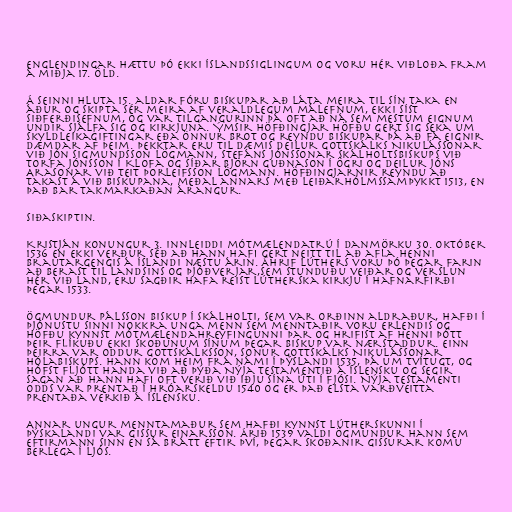
Englendingar hættu þó ekki Íslandssiglingum og voru hér viðloða fram
á miðja 17. öld.

Á seinni hluta 15. aldar fóru biskupar að láta meira til sín taka en
áður og skipta sér meira af veraldlegum málefnum, ekki síst
siðferðisefnum, og var tilgangurinn þá oft að ná sem mestum eignum
undir sjálfa sig og kirkjuna. Ýmsir höfðingjar höfðu gert sig seka um
skyldleikagiftingar eða önnur brot og reyndu biskupar þá að fá eignir
dæmdar af þeim. Þekktar eru til dæmis deilur Gottskálks Nikulássonar
við Jón Sigmundsson lögmann, Stefáns Jónssonar Skálholtsbiskups við
Torfa Jónsson í Klofa og síðar Björn Guðnason í Ögri og deilur Jóns
Arasonar við Teit Þorleifsson lögmann. Höfðingjarnir reyndu að
takast á við biskupana, meðal annars með Leiðarhólmssamþykkt 1513, en
það bar takmarkaðan árangur.

Siðaskiptin.

Kristján konungur 3. innleiddi mótmælendatrú í Danmörku 30. október
1536 en ekki verður séð að hann hafi gert neitt til að afla henni
brautargengis á Íslandi næstu árin. Áhrif Lúthers voru þó þegar farin
að berast til landsins og Þjóðverjar,sem stunduðu veiðar og verslun
hér við land, eru sagðir hafa reist lútherska kirkju í Hafnarfirði
þegar 1533.

Ögmundur Pálsson biskup í Skálholti, sem var orðinn aldraður, hafði í
þjónustu sinni nokkra unga menn sem menntaðir voru erlendis og
höfðu kynnst mótmælendahreyfingunni þar og hrifist af henni þótt
þeir flíkuðu ekki skoðunum sínum þegar biskup var nærstaddur. Einn
þeirra var Oddur Gottskálksson, sonur Gottskálks Nikulássonar
Hólabiskups. Hann kom heim frá námi í Þýslandi 1535, þá um tvítugt, og
hófst fljótt handa við að þýða Nýja testamentið á íslensku og segir
sagan að hann hafi oft verið við iðju sína úti í fjósi. Nýja testamenti
Odds var prentað í Hróarskeldu 1540 og er það elsta varðveitta
prentaða verkið á íslensku.

Annar ungur menntamaður sem hafði kynnst lútherskunni í
Þýskalandi var Gissur Einarsson. Árið 1539 valdi Ögmundur hann sem
eftirmann sinn en sá brátt eftir því, þegar skoðanir Gissurar komu
berlega í ljós.